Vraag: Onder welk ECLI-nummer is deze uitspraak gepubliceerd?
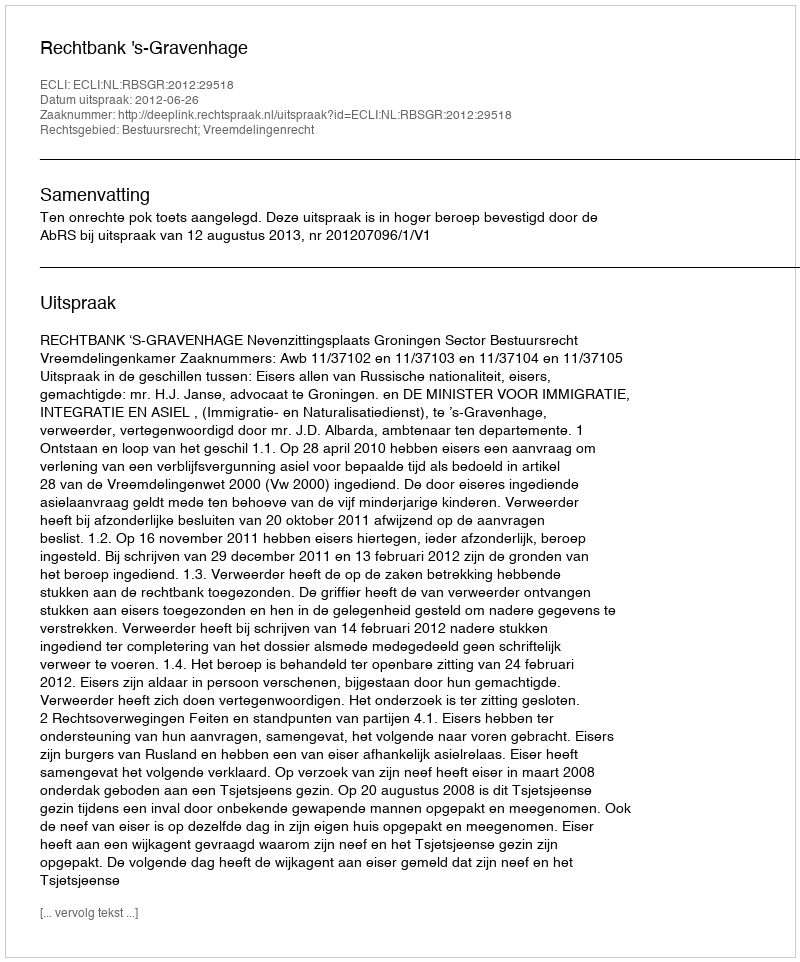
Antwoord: ECLI:NL:RBSGR:2012:29518